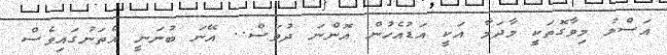
އަސްލު މިވާގޮތަކީ މާދަމާ އަކީ އަޑުއެހުން އޮންނަ ދުވަސް.. އޭނަ ބުނަނީ އެތަނުގައިވެސް